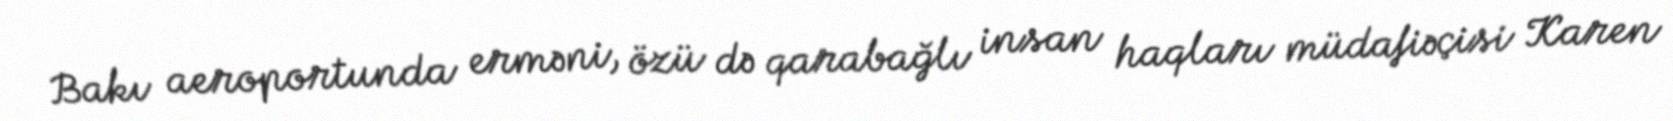
Bakı aeroportunda erməni, özü də qarabağlı insan haqları müdafiəçisi Karen